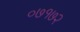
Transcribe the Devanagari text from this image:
०७१७२